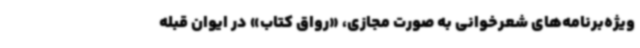
ویژه‌برنامه‌های شعرخوانی به صورت مجازی، «رواق کتاب» در ایوان قبله